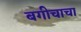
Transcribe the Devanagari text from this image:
बगीचाचा